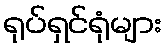
ရုပ်ရှင်ရုံများ